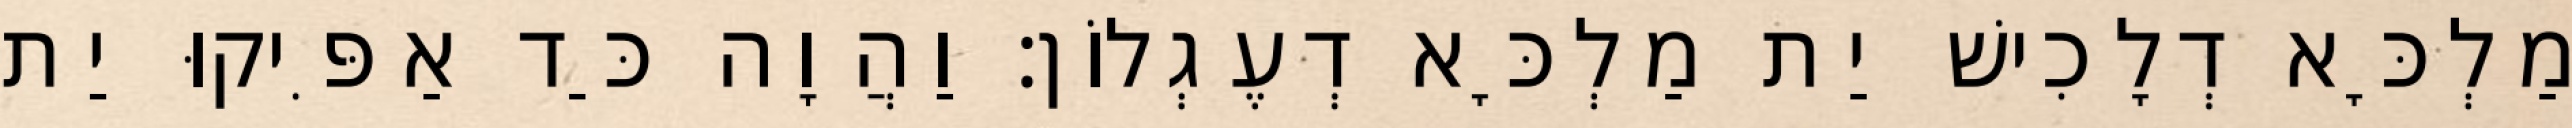
מַלְכָּא דְלָכִישׁ יַת מַלְכָּא דְעֶגְלוֹן׃ וַהֲוָה כַּד אַפִּיקוּ יַת